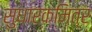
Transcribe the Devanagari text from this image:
सुधारकमित्र